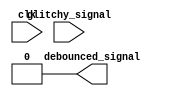
module debouncer #(
    parameter WIDTH              = 1,
    parameter SAMPLE_CNT_MAX     = 62500,
    parameter PULSE_CNT_MAX      = 200,
    parameter WRAPPING_CNT_WIDTH = $clog2(SAMPLE_CNT_MAX),
    parameter SAT_CNT_WIDTH      = $clog2(PULSE_CNT_MAX) + 1
) (
    input clk,
    input [WIDTH-1:0] glitchy_signal,
    output [WIDTH-1:0] debounced_signal
);
    // TODO: fill in neccesary logic to implement the wrapping counter and the saturating counters
    // Some initial code has been provided to you, but feel free to change it however you like
    // One wrapping counter is required
    // One saturating counter is needed for each bit of glitchy_signal
    // You need to think of the conditions for reseting, clock enable, etc. those registers
    // Refer to the block diagram in the spec

    // Remove this line once you have created your debouncer
    assign debounced_signal = 0;

    reg [SAT_CNT_WIDTH-1:0] saturating_counter [WIDTH-1:0];
endmodule